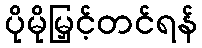
ပိုမိုမြှင့်တင်ရန်